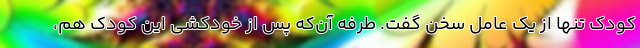
کودک تنها از یک عامل سخن گفت. طرفه آن‌که پس از خودکشی این کودک هم،